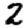
Digit: 2